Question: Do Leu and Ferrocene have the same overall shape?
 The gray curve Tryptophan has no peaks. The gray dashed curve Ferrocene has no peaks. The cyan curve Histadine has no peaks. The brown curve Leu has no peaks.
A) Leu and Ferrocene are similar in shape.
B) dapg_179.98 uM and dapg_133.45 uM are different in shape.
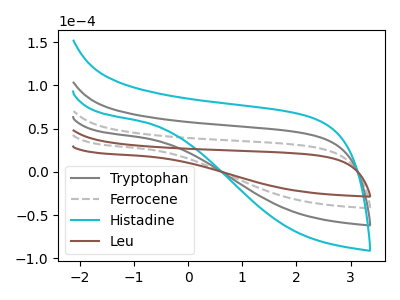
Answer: <think>Neither "Leu" or "Ferrocene" have any peaks.
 </think>
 <answer>A) "Leu" and "Ferrocene" are similar in shape.</answer>
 <eval>A</eval>